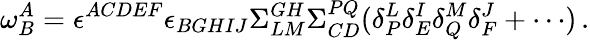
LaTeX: \omega_{B}^{A}=\epsilon^{ACDEF}\epsilon_{BGHIJ}\Sigma_{LM}^{GH}\Sigma_{CD}^{PQ}(\delta_{P}^{L}\delta_{E}^{I}\delta_{Q}^{M}\delta_{F}^{J}+\cdots)\, .